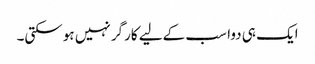
ایک ہی دوا سب کےلیے کارگر نہیں ہوسکتی۔